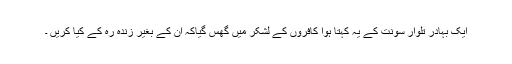
ایک بہادر تلوار سونت کے یہ کہتا ہوا کافروں کے لشکر میں گھس گیاکہ ان کے بغیر زندہ رہ کے کیا کریں ۔